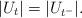
LaTeX: \begin{align*}|U_t|=|U_{t^-}|.\end{align*}